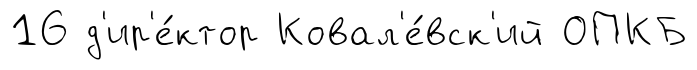
16 д'ир'е́ктор Ковал'е́вск'ий ОПКБ